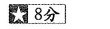
8分